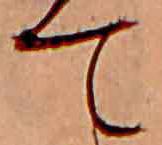
て